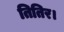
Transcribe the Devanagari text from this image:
तितिर।